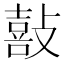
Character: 敼